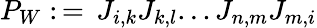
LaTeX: P_{W}:\, =\, J_{i,k}J_{k,l}...J_{n,m}J_{m,i}